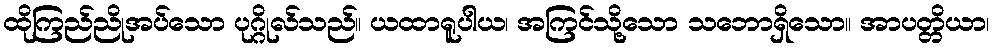
ထိုကြည်ညိုအပ်သော ပုဂ္ဂိုလ်သည်။ ယထာရူပါယ၊ အကြင်သို့သော သဘောရှိသော။ အာပတ္တိယာ၊